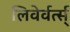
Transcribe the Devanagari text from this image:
लिवेर्वर्त्स्